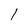
Character: l